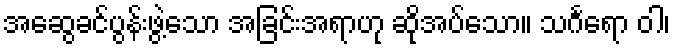
အဆွေခင်ပွန်းဖွဲ့သော အခြင်းအရာဟု ဆိုအပ်သော။ သင်္ဂရော ဝါ၊